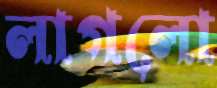
লাগলো